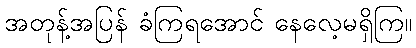
အတုန့်အပြန် ခံကြရအောင် နေလေ့မရှိကြ။